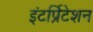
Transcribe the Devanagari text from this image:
इंटर्प्रिटेशन